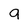
Character: 9